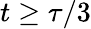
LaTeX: t\ge\tau/3